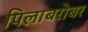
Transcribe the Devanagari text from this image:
पिलाबरोबर